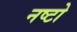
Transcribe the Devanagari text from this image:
नष्टो